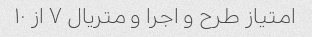
امتیاز طرح و اجرا و متریال ۷ از ۱۰